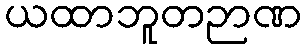
ယထာဘူတဉာဏ